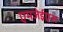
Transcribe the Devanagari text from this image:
एमजेईएस